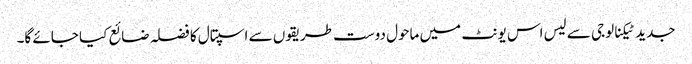
جدید ٹیکنالوجی سے لیس اس یونٹ میں ماحول دوست طریقوں سے اسپتال کا فضلہ ضائع کیا جائے گا۔